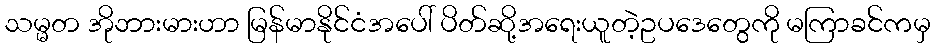
သမ္မတ အိုဘားမားဟာ မြန်မာနိုင်ငံအပေါ် ပိတ်ဆို့အရေးယူတဲ့ဥပဒေတွေကို မကြာခင်ကမှ